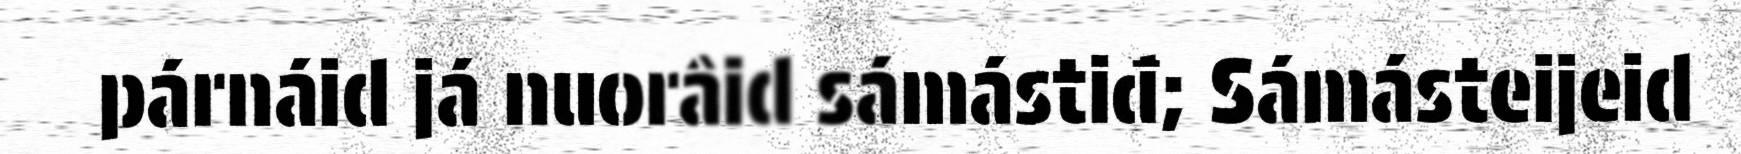
párnáid já nuorâid sámástiđ; Sámásteijeid